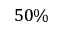
5 0 \%